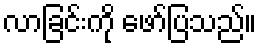
လာခြင်းကို ဖော်ပြသည်။